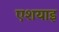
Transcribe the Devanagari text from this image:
एशयाइ